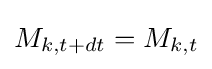
M_{k,t+dt}=M_{k,t}